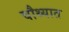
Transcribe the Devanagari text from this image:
चौथ्यात